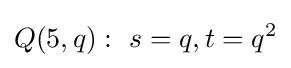
Q(5,q):\ s=q,t=q^{2}